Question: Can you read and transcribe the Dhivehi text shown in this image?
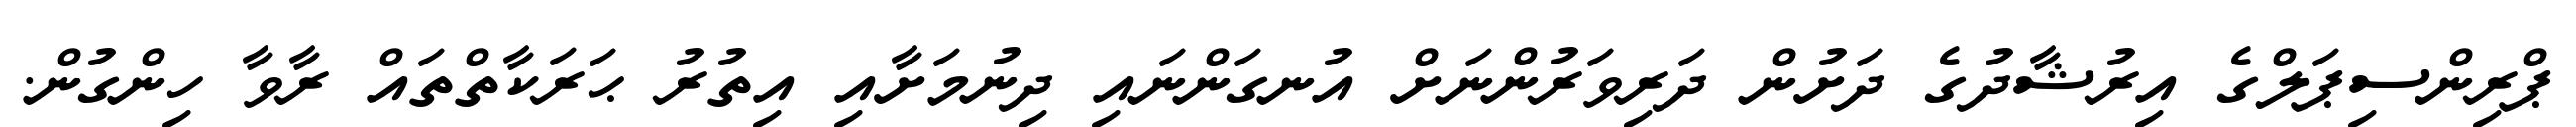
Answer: ޕްރިންސިޕަލްގެ އިރުޝާދުގެ ދަށުން ދަރިވަރުންނަށް އުނގަންނައި ދިނުމަށާއި އިތުރު ޙަރަކާތްތައް ރާވާ ހިންގުން.